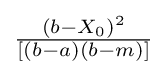
{\tfrac {\left(b-X_{0}\right)^{2}}{\left[\left(b-a\right)\left(b-m\right)\right]}}